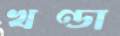
খণ্ডা